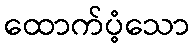
ထောက်ပံ့သော